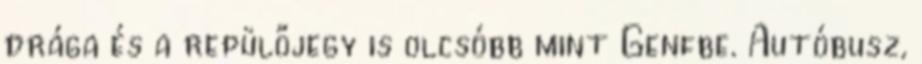
drága és a repülőjegy is olcsóbb mint Genfbe. Autóbusz,